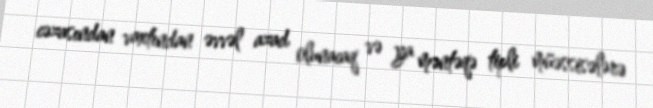
cəzasından vaxtından əvvəl azad olunacaq və ya məntəqə tipli müəssisələrə